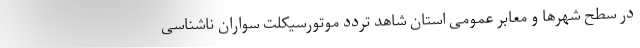
در سطح شهرها و معابر عمومی استان شاهد تردد موتورسیکلت سواران ناشناسی